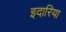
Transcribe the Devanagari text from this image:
इदारिया